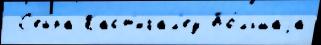
 С'ейра Каст'игал'еу Бо́льшаjа